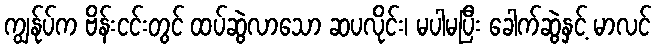
ကျွန်ုပ်က ဗိန်းငင်းတွင် ထပ်ဆွဲလာသော ဆပလိုင်း၊ မပါမပြီး ခေါက်ဆွဲနှင့် မာလင်